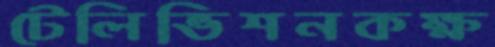
টেলিভিশনকক্ষ